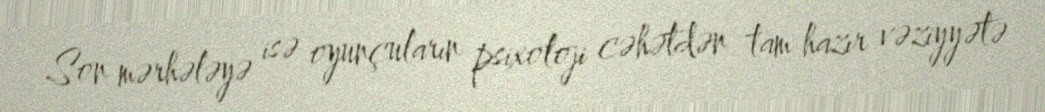
Son mərhələyə isə oyunçuların psixoloji cəhətdən tam hazır vəziyyətə